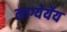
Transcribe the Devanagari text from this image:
लाग्येर्येय